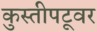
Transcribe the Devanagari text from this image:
कुस्तीपटूवर